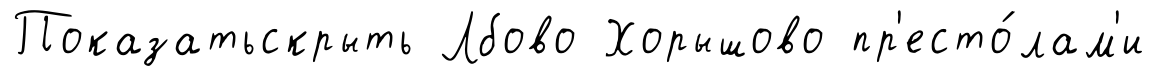
Показатьскрыть Лбово Хорышово пр'есто́лам'и